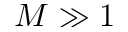
M \gg 1